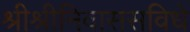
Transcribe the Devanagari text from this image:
श्रीश्रीनिवाससविधे